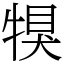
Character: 犑